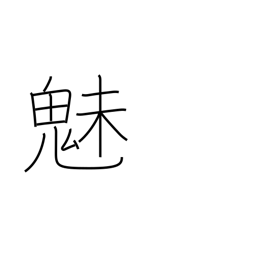
Meaning: fascination